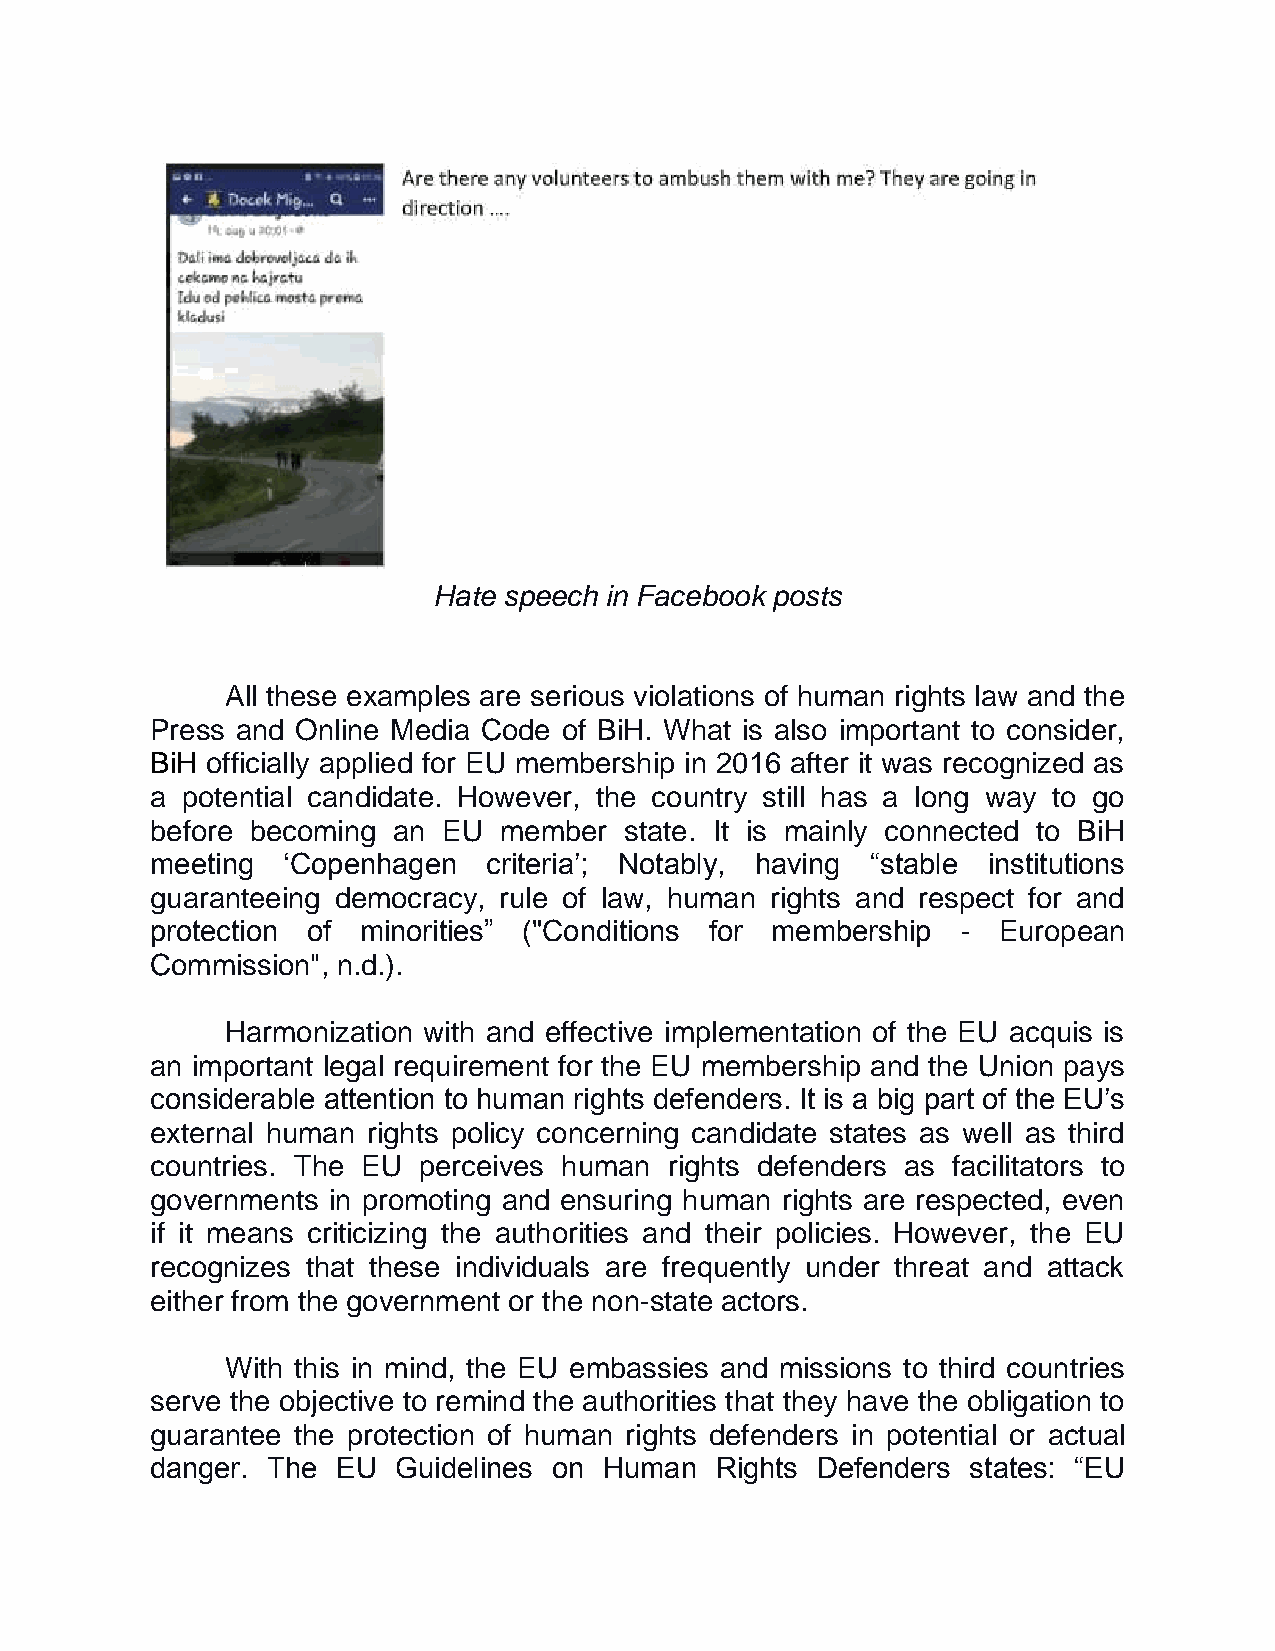
Hate speech in Facebook posts
 All these examples are serious violations of human rights law and the
 Press and Online Media Code of BiH. What is also important to consider,
 BiH officially applied for EU membership in 2016 after it was recognized as
 a potential candidate. However, the country still has a long way to go
 before becoming an EU  member  state. It is mainly connected to BiH
 meeting  ‘Copenhagen  criteria’; Notably, having “stable institutions
 guaranteeing democracy, rule of law, human rights and respect for and
 protection of minorities” ("Conditions for membership - European
 Commission", n.d.).
 Harmonization with and effective implementation of the EU acquis is
 an important legal requirement for the EU membership and the Union pays
 considerable attention to human rights defenders. It is a big part of the EU’s
 external human rights policy concerning candidate states as well as third
 countries. The EU perceives human rights defenders as facilitators to
 governments in promoting and ensuring human rights are respected, even
 if it means criticizing the authorities and their policies. However, the EU
 recognizes that these individuals are frequently under threat and attack
 either from the government or the non-state actors.
 With this in mind, the EU embassies and missions to third countries
 serve the objective to remind the authorities that they have the obligation to
 guarantee the protection of human rights defenders in potential or actual
 danger. The EU  Guidelines on Human  Rights Defenders states: “EU